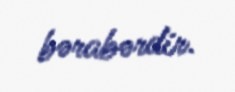
bərabərdir.